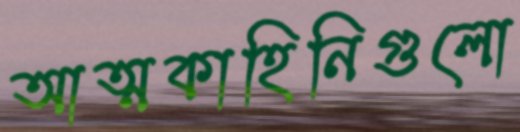
আত্মকাহিনিগুলো